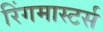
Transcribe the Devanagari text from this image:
रिंगमास्टर्स